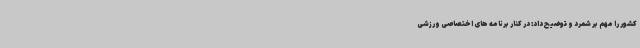
کشور را مهم بر شمرد و توضیح داد: در کنار برنامه های اختصاصی ورزشی